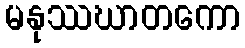
မနုဿဃာတကော